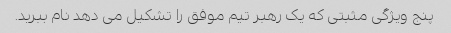
پنج ویژگی مثبتی که یک رهبر تیم موفق را تشکیل می دهد نام ببرید.